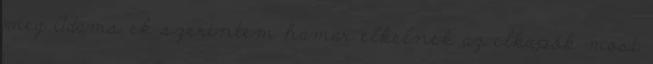
meg Adams ek szerintem hamar elkelnek az elkapók most